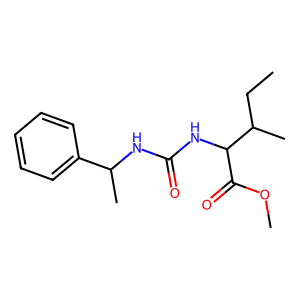
SMILES: CCC(C)C(NC(=O)NC(C)c1ccccc1)C(=O)OC
Inhibits HIV replication: No